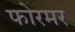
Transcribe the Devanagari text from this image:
फोरमर